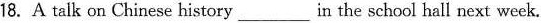
18. A talk on Chinese history ___ in the school hall next week.